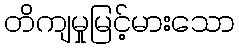
တိကျမှုမြင့်မားသော